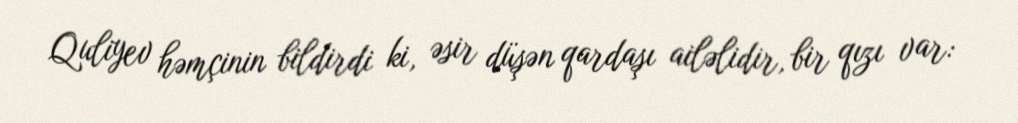
Quliyev həmçinin bildirdi ki, əsir düşən qardaşı ailəlidir, bir qızı var: